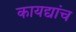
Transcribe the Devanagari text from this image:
कायद्यांच